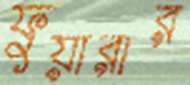
ফুয়ারার